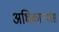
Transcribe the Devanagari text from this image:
अधिकाऱ्यांस